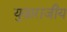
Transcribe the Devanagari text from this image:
युवाराजीय